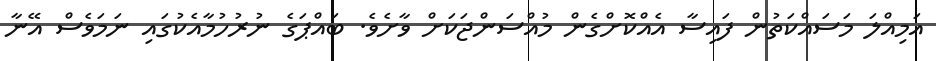
އަމިއްލަ މަސައްކަތުން ފައިސާ އެއްކޮށްގެން މުއްސަންޖަކަށް ވާށެވެ. ބައްޕަގެ ނުރުހުމާއެކުގައި ނަމަވެސް އޭނާ